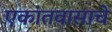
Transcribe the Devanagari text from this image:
एकांतवासाचे